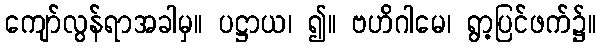
ကျော်လွန်ရာအခါမှ။ ပဋ္ဌာယ၊ ၍။ ဗဟိဂါမေ၊ ရွာ့ပြင်ဖက်၌။